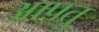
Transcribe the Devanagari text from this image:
आपतु